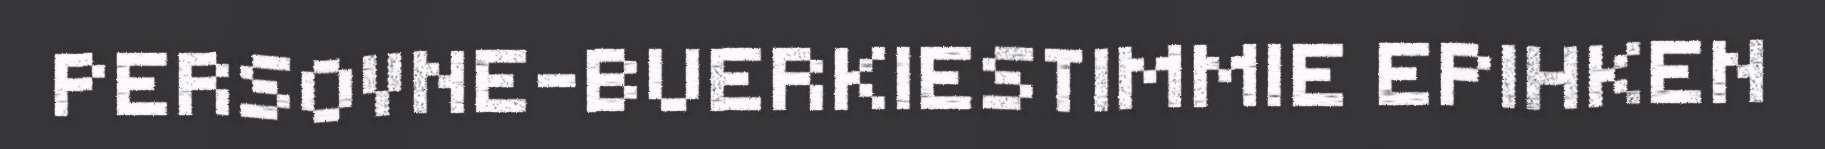
PERSOVNE-BUERKIESTIMMIE EPIHKEN